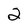
Character: 5